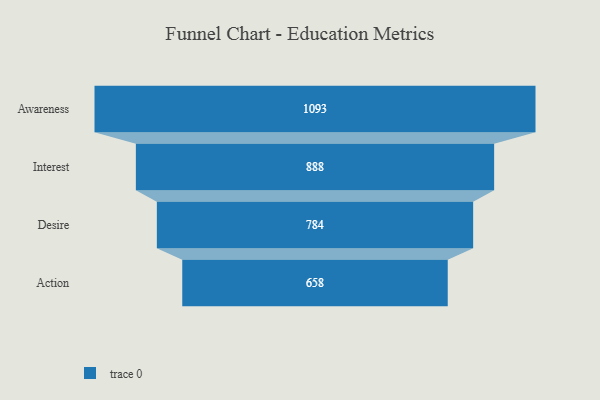
{"axis": {"x": "Stage", "y": "Value"}, "legend": [""], "data": [{"x": "Awareness", "y": 1093.0, "type": ""}, {"x": "Interest", "y": 888.0, "type": ""}, {"x": "Desire", "y": 784.0, "type": ""}, {"x": "Action", "y": 658.0, "type": ""}]}